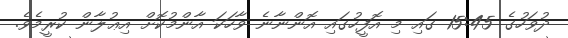
ދުވަހުގެ 15:45 ގައި މި އޮފީހުގައި އޮންނާނެ ވާހަކަ އާންމުކޮށް އިޢުލާން ކުރީމެވެ.